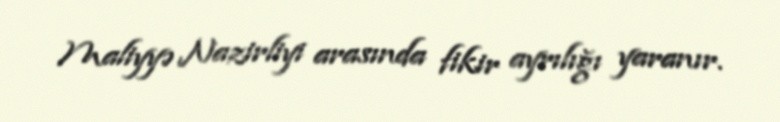
Maliyyə Nazirliyi arasında fikir ayrılığı yaranır.